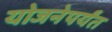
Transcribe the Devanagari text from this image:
योजनेपर्यंत